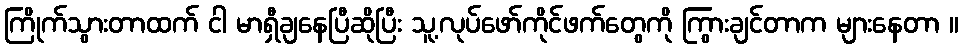
ကြိုက်သွားတာထက် ငါ မာရှီချနေပြီဆိုပြီး သူ့လုပ်ဖော်ကိုင်ဖက်တွေကို ကြွားချင်တာက များနေတာ ။